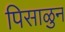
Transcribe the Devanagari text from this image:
पिसाळुन